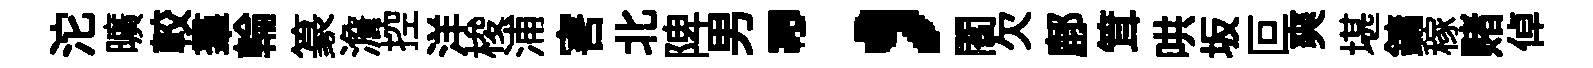
沱曠較羣輪篆澹控洋梭浦害北陴男；閻欠鄜䇯哄坂叵爽堪鏞稼赌倬